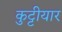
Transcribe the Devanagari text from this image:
कुट्टीयार